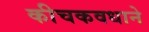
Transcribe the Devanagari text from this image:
कीचकवधाने